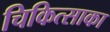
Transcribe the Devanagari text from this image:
चिकित्साका